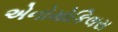
એનોમોકિલસ